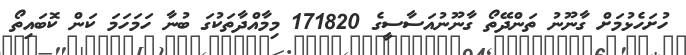
ހުށަހެޅުމަށް ގާނޫނު ތަންދޭތޯ ގާނޫނުއަސާސީގެ 171820 މިމާއްދާތަކުގަ ބުނާ ހަމަހަމަ ކަން ކޮބައިތޯ